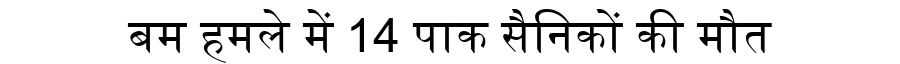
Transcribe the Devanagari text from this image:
बम हमले में 14 पाक सैनिकों की मौत